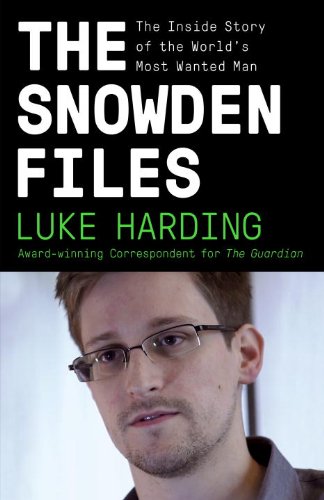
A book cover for The Snowden Files: The Inside Story of the World's Most Wanted Man; Luke Harding; Biographies & Memoirs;